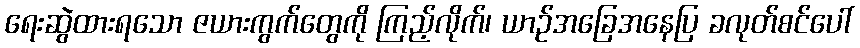
ရေးဆွဲထားရသော ဇယားကွက်တွေကို ကြည့်လိုက်၊ ယာဉ်အခြေအနေပြ ခလုတ်စင်ပေါ်